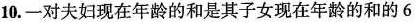
10.一对夫妇现在年龄的和是其子女现在年龄的和的6